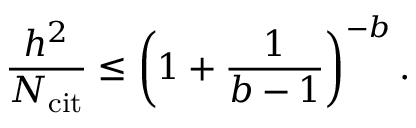
\frac { h ^ { 2 } } { N _ { \mathrm { c i t } } } \leq \left( 1 + \frac { 1 } { b - 1 } \right) ^ { - b } .